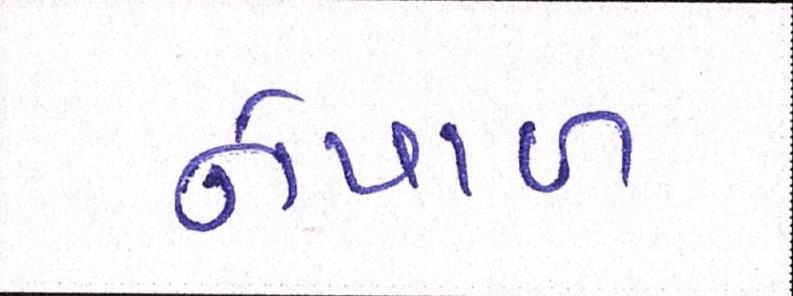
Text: નેપાળ